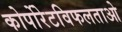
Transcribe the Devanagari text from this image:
कोर्पोरेटविफलताओ